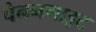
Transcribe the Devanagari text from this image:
पेननगाइट